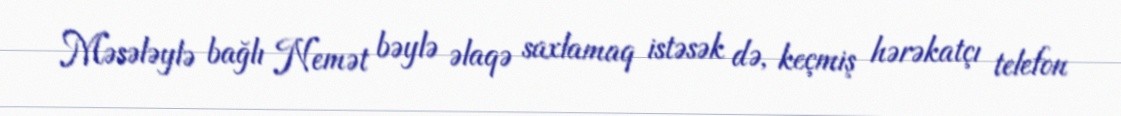
Məsələylə bağlı Nemət bəylə əlaqə saxlamaq istəsək də, keçmiş hərəkatçı telefon